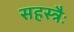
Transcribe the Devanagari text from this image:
सहस्त्रैः